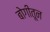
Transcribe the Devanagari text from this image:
बोगीतून